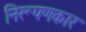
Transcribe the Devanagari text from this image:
निरूपणकार